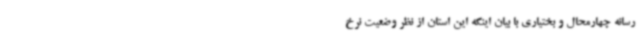
رسانه چهارمحال و بختیاری با بیان اینکه این استان از نظر وضعیت نرخ